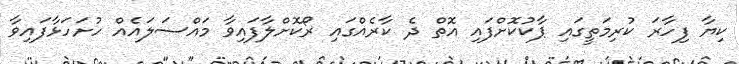
ކިޔާ ފިހާރަ ކުރިމަތީގައި ޕާކުކޮށްފައި އޮތް ދެ ކާރެއްގައި ރޯކޮށްލާފައިވާ މައްސަލައެއް ހުށަހަޅާފައިވާ